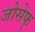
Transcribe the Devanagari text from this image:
जोसेफ्